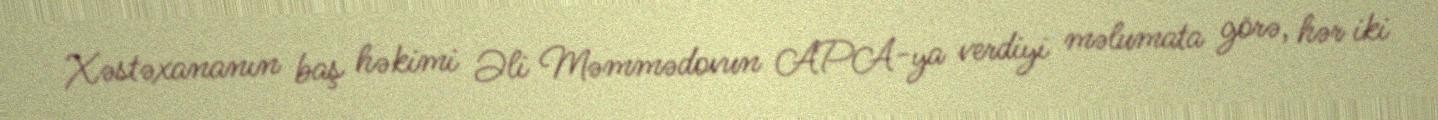
Xəstəxananın baş həkimi Əli Məmmədovun APA-ya verdiyi məlumata görə, hər iki